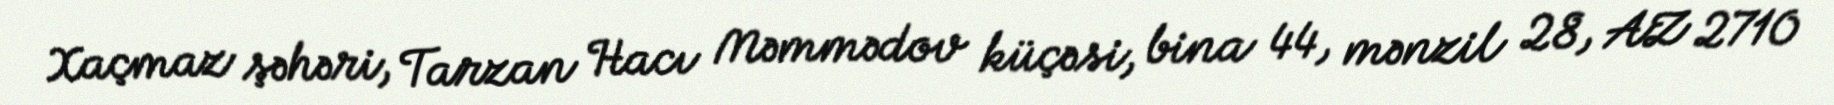
Xaçmaz şəhəri, Tarzan Hacı Məmmədov küçəsi, bina 44, mənzil 28, AZ 2710